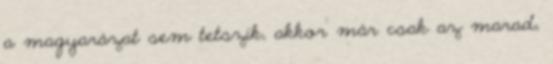
a magyarázat sem tetszik, akkor már csak az marad,